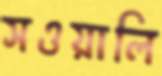
সওয়ালি